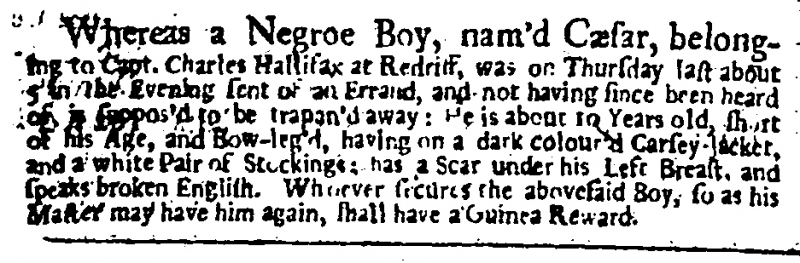
Daily Post, 12 September 1724 (England)
Whereas a Negroe Boy, nam’d Cæsar, belonging to Capt. Charles Hallifax at Redriff, was on Thursday last about 5 in the Evening sent of an Errand, and not having since been heard of is suppos’d to be trapan’d away: He is about 10 Years old, short of his Age, and Bow-leg’d, having on a dark colour’d Carsey-Jacket, and a white Pair of Stockings: has a Scar under his Left Breast, and speaks broken English. Whoever secures the abovesaid Boy, so as his Master may have him again, shall have a Guinea Reward.